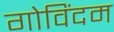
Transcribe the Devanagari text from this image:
गोविंदम